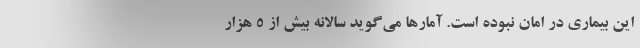
این بیماری در امان نبوده است. آمارها می‌گوید سالانه بیش از ۵ هزار